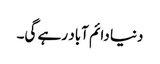
دنیا دائم آباد رہے گی۔